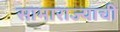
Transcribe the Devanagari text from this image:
सामाराज्याची